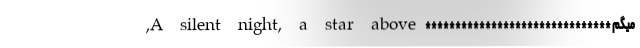
میگم ******************************* A silent night, a star above,